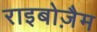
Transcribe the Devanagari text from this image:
राइबोज़ैम